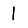
Digit: 1